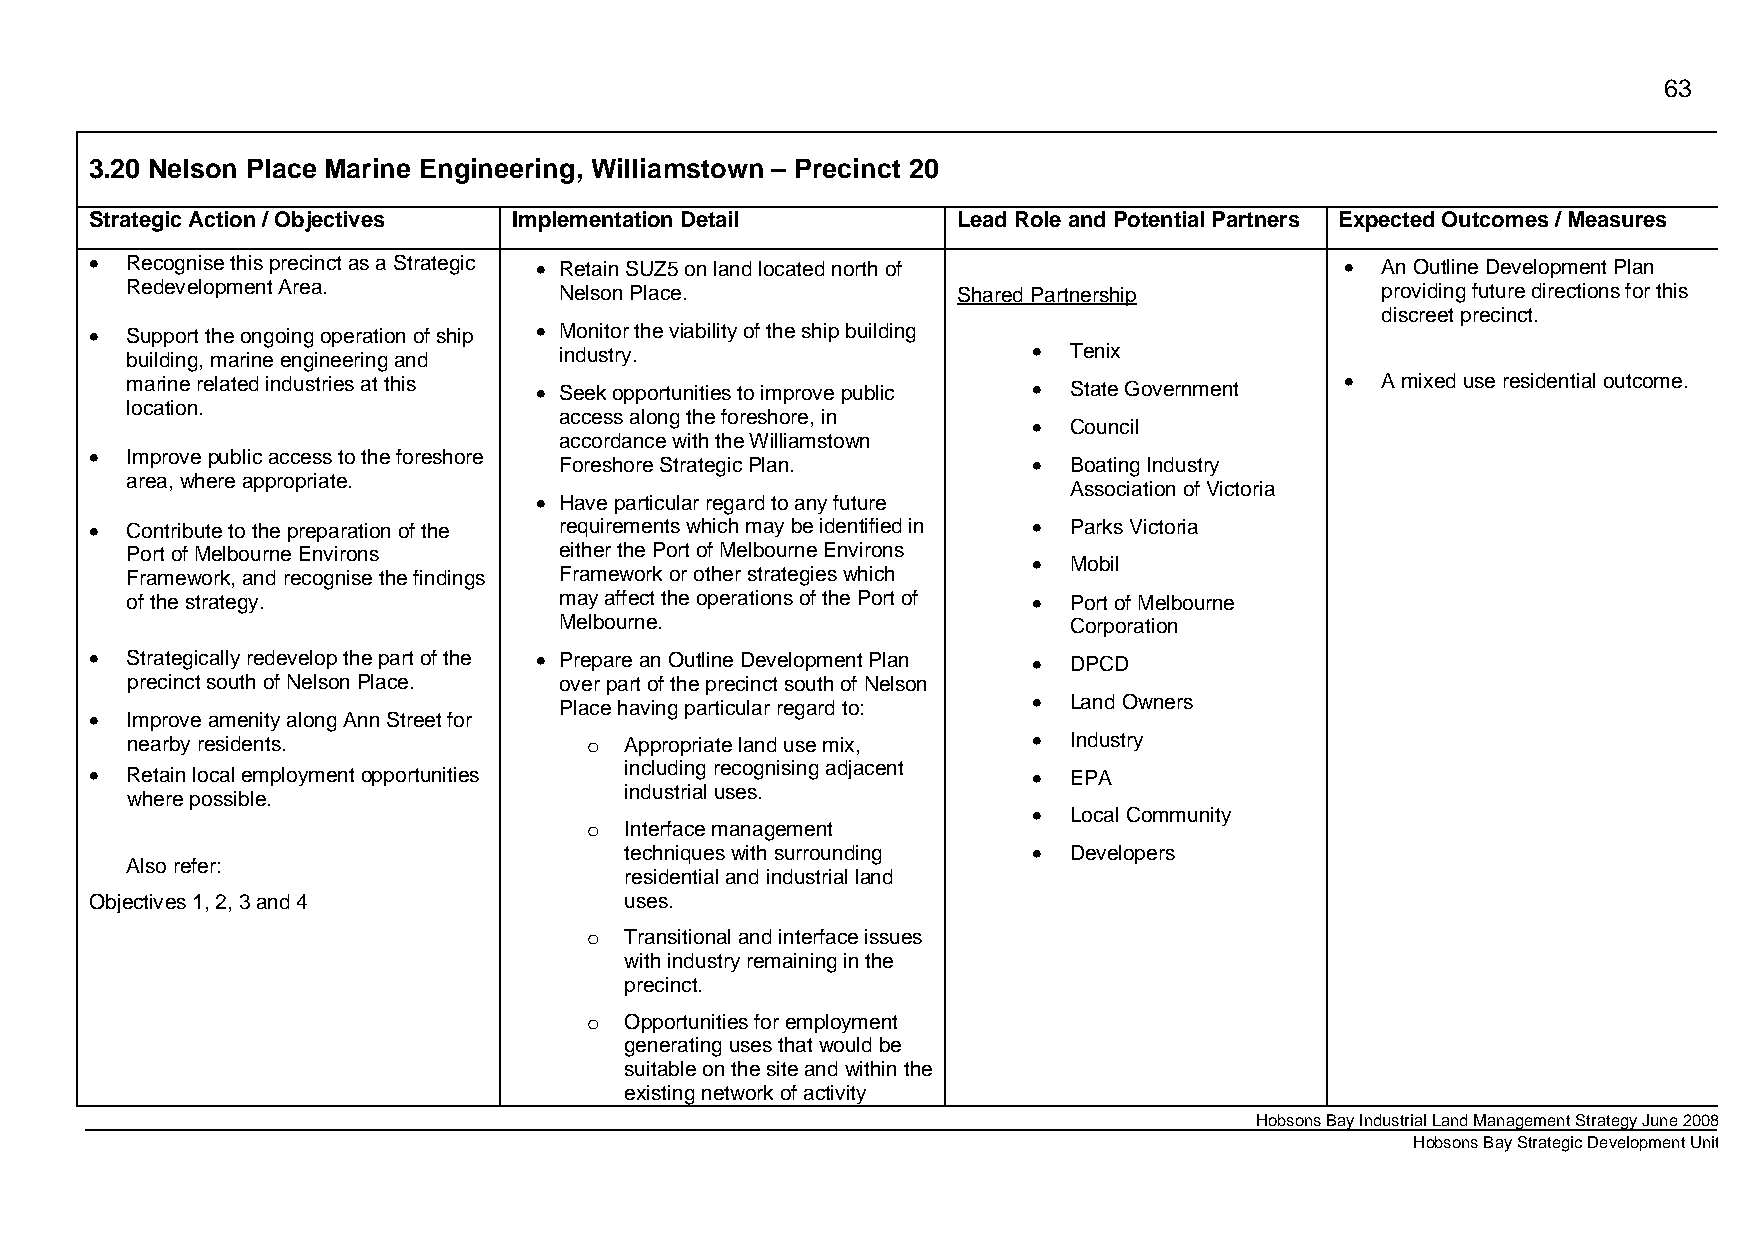
63
 3.20 Nelson Place Marine Engineering, Williamstown – Precinct 20
 Strategic Action / Objectives Implementation Detail      Lead Role and Potential Partners Expected Outcomes / Measures
 • Recognise this precinct as a Strategic • Retain SUZ5 on land located north of    • An Outline Development Plan
 Redevelopment Area.          Nelson Place.             Shared Partnership          providing future directions for this
 discreet precinct.
 • Support the ongoing operation of ship • Monitor the viability of the ship building
 building, marine engineering and industry.                  •  Tenix
 marine related industries at this • Seek opportunities to improve public • State Government • A mixed use residential outcome.
 location.
 access along the foreshore, in •  Council
 accordance with the Williamstown
 • Improve public access to the foreshore Foreshore Strategic Plan. • Boating Industry
 area, where appropriate.
 Association of Victoria
 • Have particular regard to any future
 • Contribute to the preparation of the requirements which may be identified in • Parks Victoria
 Port of Melbourne Environs   either the Port of Melbourne Environs • Mobil
 Framework, and recognise the findings Framework or other strategies which
 of the strategy.             may affect the operations of the Port of • Port of Melbourne
 Melbourne.                        Corporation
 • Strategically redevelop the part of the • Prepare an Outline Development Plan • DPCD
 precinct south of Nelson Place. over part of the precinct south of Nelson
 Place having particular regard to: • Land Owners
 • Improve amenity along Ann Street for
 nearby residents.              o Appropriate land use mix,  •  Industry
 • Retain local employment opportunities including recognising adjacent • EPA
 industrial uses.
 where possible.
 •  Local Community
 o Interface management
 techniques with surrounding • Developers
 Also refer:
 residential and industrial land
 Objectives 1, 2, 3 and 4           uses.
 o Transitional and interface issues
 with industry remaining in the
 precinct.
 o Opportunities for employment
 generating uses that would be
 suitable on the site and within the
 existing network of activity
 Hobsons Bay Industrial Land Management Strategy June 2008
 Hobsons Bay Strategic Development Unit